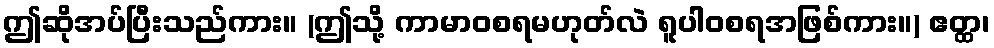
ဤဆိုအပ်ပြီးသည်ကား။ (ဤသို့ ကာမာဝစရမဟုတ်လဲ ရူပါဝစရအဖြစ်ကား။) ဧတ္ထ၊